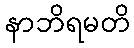
နာဘိရမတိ